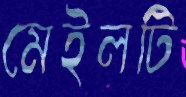
মেইলটি